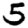
Digit: 5